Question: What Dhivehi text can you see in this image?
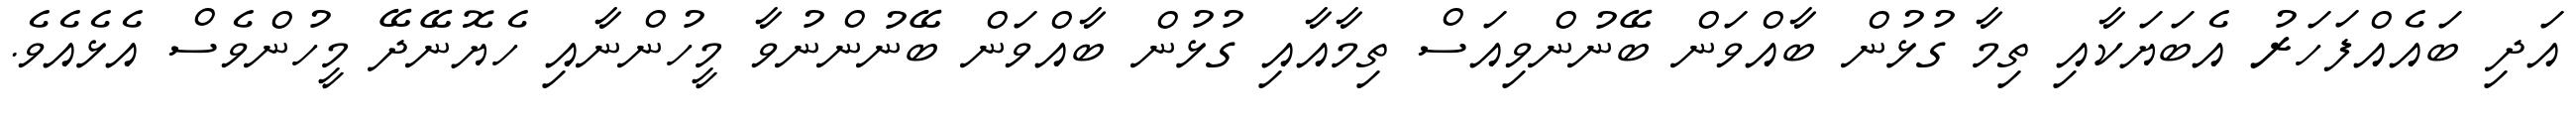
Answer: އަދި ބައެއްފަހަރު އެބަޔަކާއި ތިމާ ގުޅުން ބާއްވަން ބޭނުންވިއަސް ތިމާއާއި ގުޅުން ބާއްވަން ބޭނުންނުވާ މީހުންނާއި ހެޔޮނޭދޭ މީހުންވެސް އެޅެއެވެ.